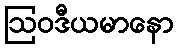
ဩဝဒီယမာနော